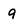
Character: 9